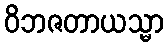
ဝိဘဇတာယသ္မာ